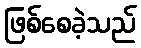
ဖြစ်စေခဲ့သည်